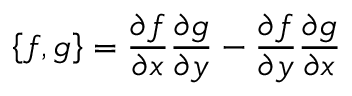
\left\{ f , g \right\} = \frac { \partial f } { \partial x } \frac { \partial g } { \partial y } - \frac { \partial f } { \partial y } \frac { \partial g } { \partial x }